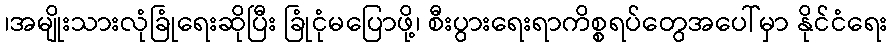
၊အမျိုးသားလုံခြုံရေးဆိုပြီး ခြုံငုံမပြောဖို့၊ စီးပွားရေးရာကိစ္စရပ်တွေအပေါ်မှာ နိုင်ငံရေး